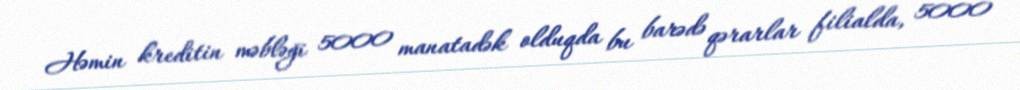
Həmin kreditin məbləği 5000 manatadək olduqda bu barədə qərarlar filialda, 5000